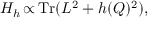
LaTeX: { \cal H } _ { h } \thinspace { \propto } \thinspace \mathrm { T r } ( L ^ { 2 } + h ( Q ) ^ { 2 } ) ,